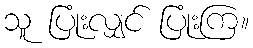
သူ ပြုံးလျှင် ပြုံးကြ။